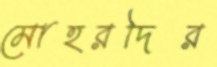
মোহরদির